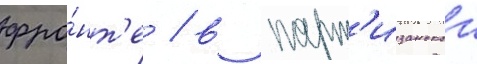
фро́нт'е / в парт'изанскои